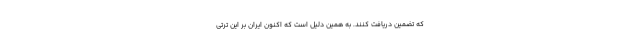
که تضمین دریافت کنند. به همین دلیل است که اکنون ایران بر این ترتی